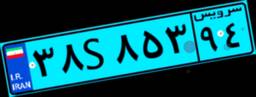
۳۸S۸۵۳۹۴